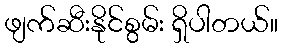
ဖျက်ဆီးနိုင်စွမ်း ရှိပါတယ်။